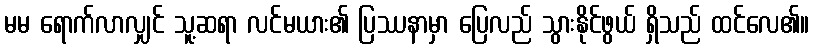
မမ ရောက်လာလျှင် သူ့ဆရာ လင်မယား၏ ပြဿနာမှာ ပြေလည် သွားနိုင်ဖွယ် ရှိသည် ထင်လေ၏။